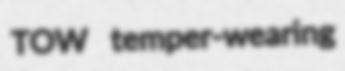
TOW temper-wearing